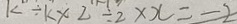
k \div k \times 2 \div 2 \times x = - 2